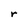
Character: r